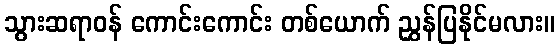
သွားဆရာဝန် ကောင်းကောင်း တစ်ယောက် ညွှန်ပြနိုင်မလား။